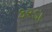
કરડા